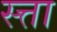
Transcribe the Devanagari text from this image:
स्त्ता